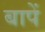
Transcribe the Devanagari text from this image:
बापें